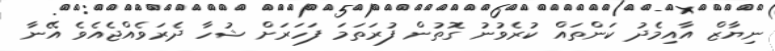
ނިޔާޒް އާއިމެދު ކަންތައް ކުރެވުނު ގޮތުން ފުރަތަމަ ފަހަރަށް ޝުހާ ދެރަވެއްޖެއެވެ އޭނާ